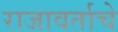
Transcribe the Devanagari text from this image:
राजावर्ताचे